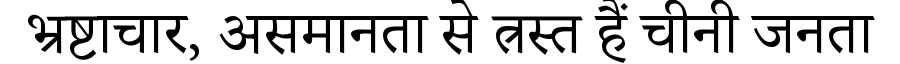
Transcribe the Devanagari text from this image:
भ्रष्टाचार, असमानता से त्रस्त हैं चीनी जनता